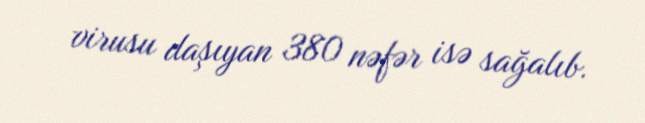
virusu daşıyan 380 nəfər isə sağalıb.